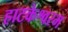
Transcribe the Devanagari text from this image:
हाटकेश्वरम